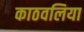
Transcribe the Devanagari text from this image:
काठवलिया